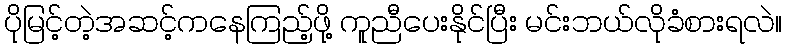
ပိုမြင့်တဲ့အဆင့်ကနေကြည့်ဖို့ ကူညီပေးနိုင်ပြီး မင်းဘယ်လိုခံစားရလဲ။